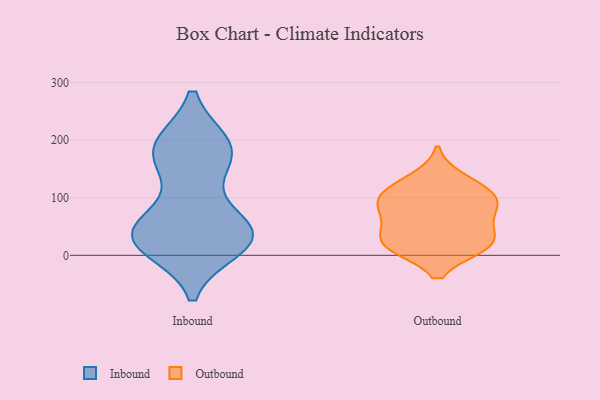
{"axis": {"x": "LTV (USD)", "y": "Value"}, "legend": ["Inbound", "Outbound"], "data": [{"x": "", "y": 190, "type": "Inbound"}, {"x": "", "y": 161, "type": "Inbound"}, {"x": "", "y": 28, "type": "Inbound"}, {"x": "", "y": 150, "type": "Inbound"}, {"x": "", "y": 14, "type": "Inbound"}, {"x": "", "y": 189, "type": "Inbound"}, {"x": "", "y": 34, "type": "Inbound"}, {"x": "", "y": 53, "type": "Inbound"}, {"x": "", "y": 48, "type": "Inbound"}, {"x": "", "y": 21, "type": "Inbound"}, {"x": "", "y": 45, "type": "Inbound"}, {"x": "", "y": 192, "type": "Inbound"}, {"x": "", "y": 41, "type": "Inbound"}, {"x": "", "y": 25, "type": "Inbound"}, {"x": "", "y": 192, "type": "Inbound"}, {"x": "", "y": 108, "type": "Outbound"}, {"x": "", "y": 18, "type": "Outbound"}, {"x": "", "y": 16, "type": "Outbound"}, {"x": "", "y": 16, "type": "Outbound"}, {"x": "", "y": 53, "type": "Outbound"}, {"x": "", "y": 133, "type": "Outbound"}, {"x": "", "y": 83, "type": "Outbound"}, {"x": "", "y": 70, "type": "Outbound"}, {"x": "", "y": 26, "type": "Outbound"}, {"x": "", "y": 106, "type": "Outbound"}, {"x": "", "y": 98, "type": "Outbound"}]}